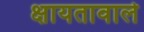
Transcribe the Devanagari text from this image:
क्षायतावाले